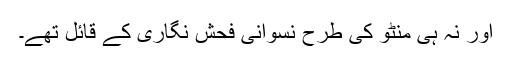
اور نہ ہی منٹو کی طرح نسوانی فحش نگاری کے قائل تھے۔